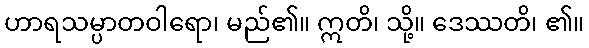
ဟာရသမ္ပာတဝါရော၊ မည်၏။ ဣတိ၊ သို့။ ဒေဿတိ၊ ၏။